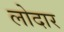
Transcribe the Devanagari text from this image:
लोदार